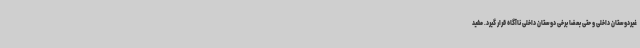
غیردوستان داخلی و حتی بعضا برخی دوستان داخلی ناآگاه قرار گیرد. مفید